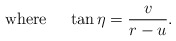
\begin{align*}{\rm where}\ \ \ \ \tan\eta={v\over{r-u}}.\end{align*}